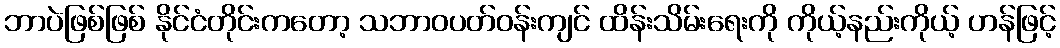
ဘာပဲဖြစ်ဖြစ် နိုင်ငံတိုင်းကတော့ သဘာဝပတ်ဝန်းကျင် ထိန်းသိမ်းရေးကို ကိုယ့်နည်းကိုယ့် ဟန်ဖြင့်